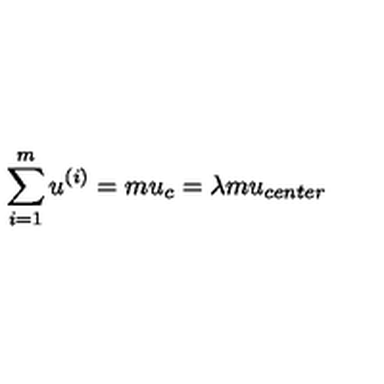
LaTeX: \sum _ { i = 1 } ^ { m } u ^ { ( i ) } = m u _ { c } = \lambda m u _ { c e n t e r }